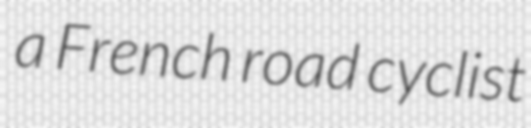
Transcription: a French road cyclist